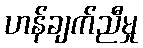
ဟန်ချက်ညီမှု